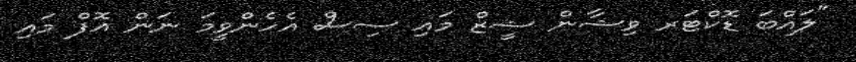
"ލައްބަ ޑޮކްޓަރ ވިޝާން ޝީޒް މައި ސިސް އެހެންވީމަ ނަން އޮފް މައި